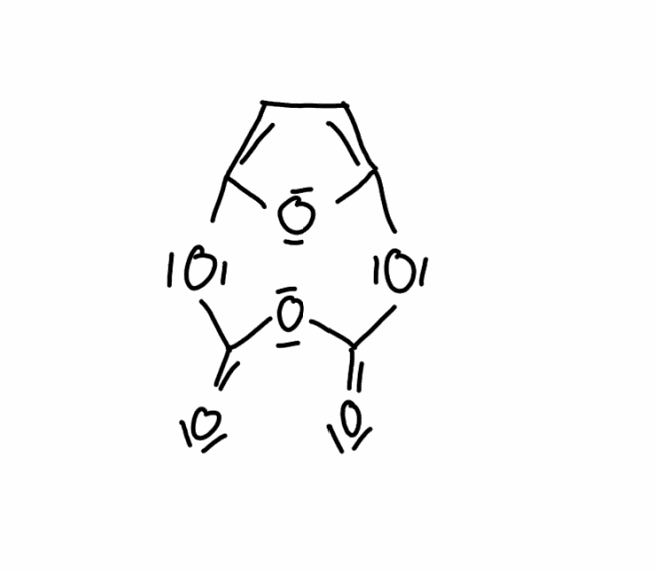
Simplified molecular-input line-entry system (SMILES) notation of the given molecule:
C1=C2OC(=C1)OC(=O)OC(=O)O2